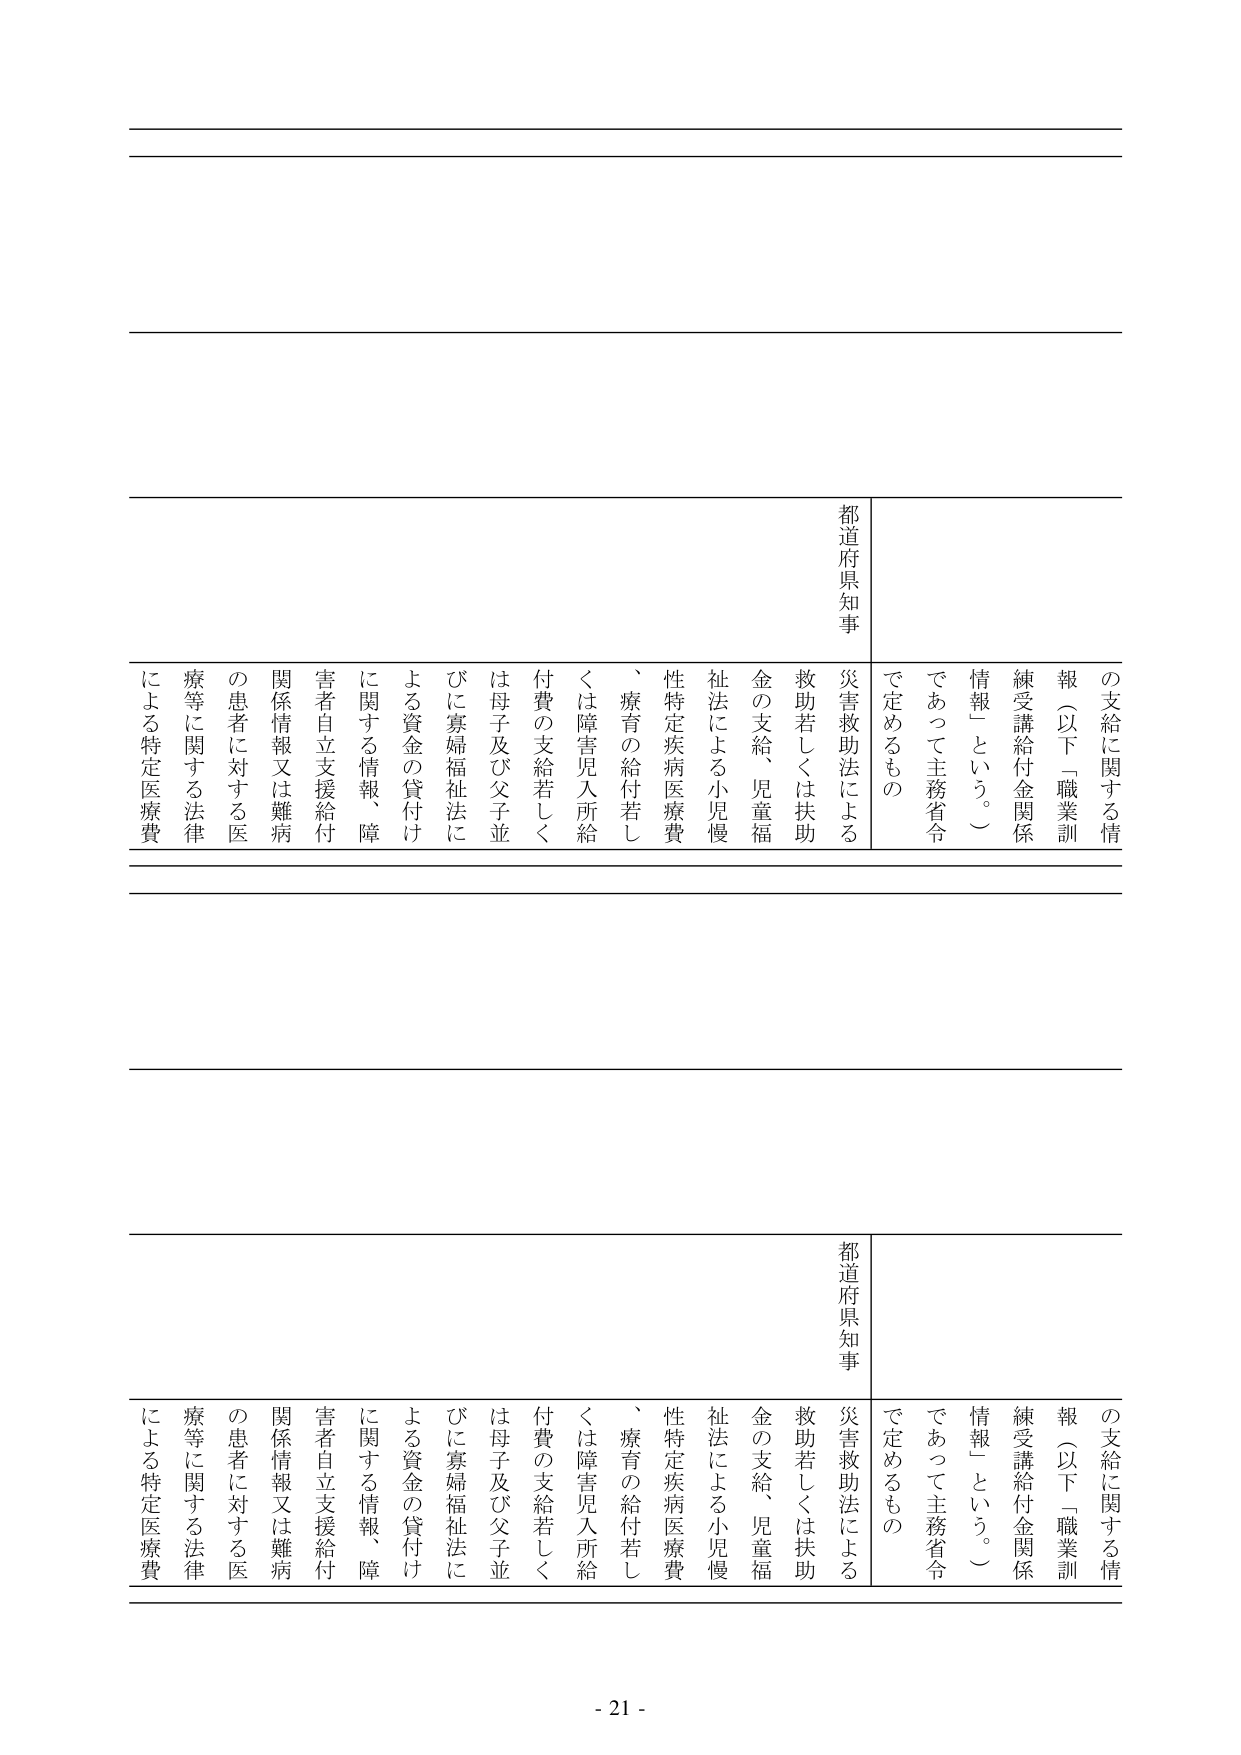
の支給に関する情報（以下「職業訓練受講給付金関係情報」という。）であって主務省令で定めるもの
都道府県知事
災害救助法による救助若しくは扶助金の支給、児童福祉法による小児慢性特定疾病医療費、療育の給付若しくは障害児入所給付費の支給若しくは母子及び父子並びに寡婦福祉法による資金の貸付けに関する情報、障害者自立支援給付関係情報又は難病の患者に対する医療等に関する法律による特定医療費

の支給に関する情報（以下「職業訓練受講給付金関係情報」という。）であって主務省令で定めるもの
都道府県知事
災害救助法による救助若しくは扶助金の支給、児童福祉法による小児慢性特定疾病医療費、療育の給付若しくは障害児入所給付費の支給若しくは母子及び父子並びに寡婦福祉法による資金の貸付けに関する情報、障害者自立支援給付関係情報又は難病の患者に対する医療等に関する法律による特定医療費

- 21 -